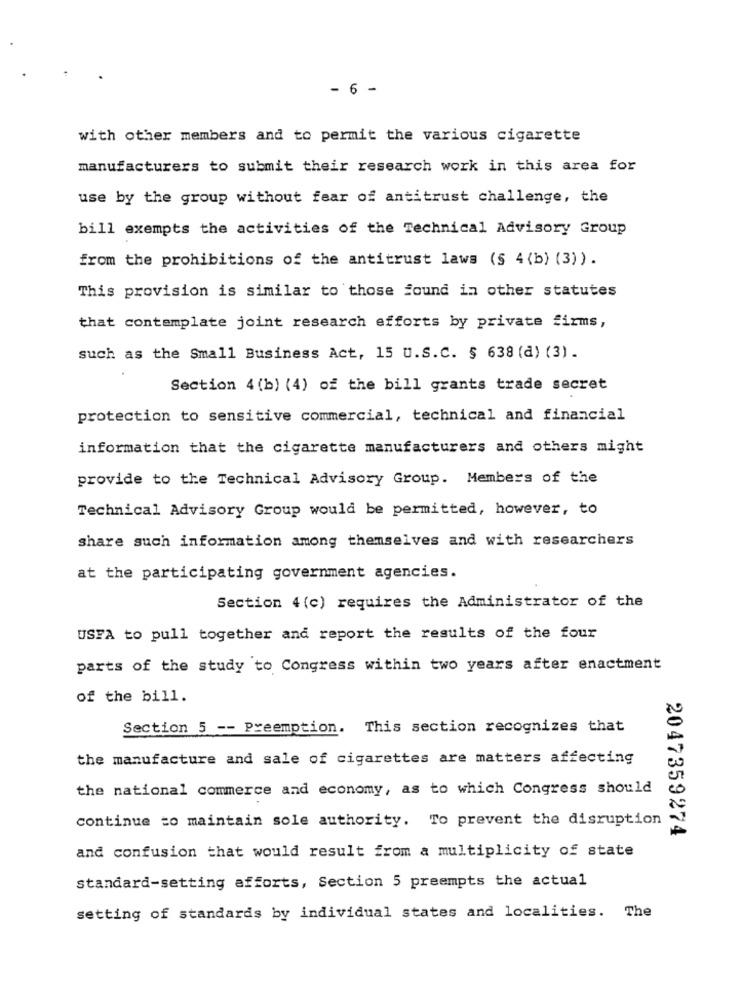
- 6 -
with other members and to permit the various cigarette
manufacturers to submit their research work in this area for
use by the group without fear of antitrust challenge, the
bill exempts the activities of the Technical Advisory Group
from the prohibitions of the antitrust laws (§ 4 (b) (3)).
This provision is similar to those found in other statutes
that contemplate joint research efforts by private firms,
such as the Small Business Act, 15 U.S.C. § 638 (d) (3) .
Section 4 (b) (4) of the bill grants trade secret
protection to sensitive commercial, technical and financial
information that the cigarette manufacturers and others might
provide to the Technical Advisory Group. Members of the
Technical Advisory Group would be permitted, however, to
share such information among themselves and with researchers
at the participating government agencies.
Section 4 (c) requires the Administrator of the
USFA to pull together and report the results of the four
parts of the study to Congress within two years after enactment
of the bill.
Section 5 -- Preemption. This section recognizes that
the manufacture and sale of cigarettes are matters affecting
the national commerce and economy, as to which Congress should
continue to maintain sole authority. To prevent the disruption
2047359274
and confusion that would result from a multiplicity of state
standard-setting efforts, Section 5 preempts the actual
setting of standards by individual states and localities. The